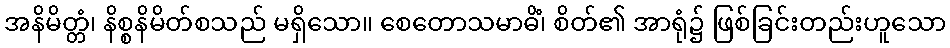
အနိမိတ္တံ၊ နိစ္စနိမိတ်စသည် မရှိသော။ စေတောသမာဓိံ၊ စိတ်၏ အာရုံ၌ ဖြစ်ခြင်းတည်းဟူသော